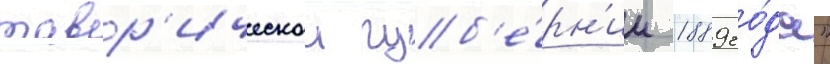
тавр'ическои губ'е́рн'ии 1889 го́да"